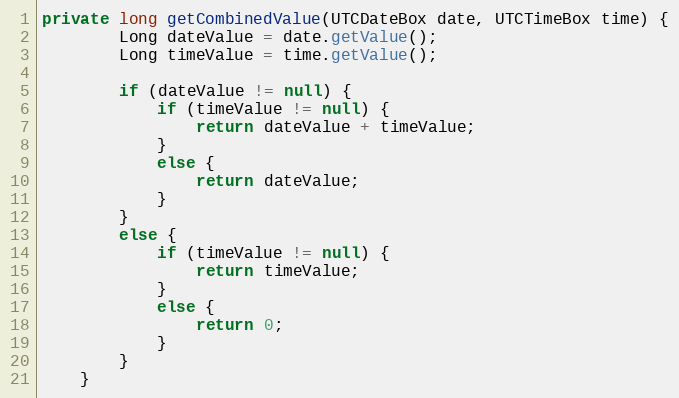
Language: Java
private long getCombinedValue(UTCDateBox date, UTCTimeBox time) {
        Long dateValue = date.getValue();
        Long timeValue = time.getValue();

        if (dateValue != null) {
            if (timeValue != null) {
                return dateValue + timeValue;
            }
            else {
                return dateValue;
            }
        }
        else {
            if (timeValue != null) {
                return timeValue;
            }
            else {
                return 0;
            }
        }
    }